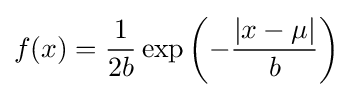
f(x)={\frac {1}{2b}}\exp \left(-{\frac {|x-\mu |}{b}}\right)